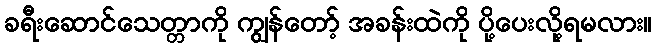
ခရီးဆောင်သေတ္တာကို ကျွန်တော့် အခန်းထဲကို ပို့ပေးလို့ရမလား။